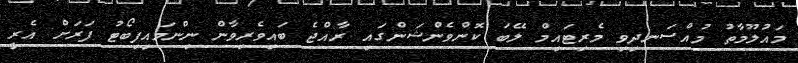
މައުލޫމާތު މުއްސަނދިވި މެރިޓައިމް ލޭބަ ކޮންވެންޝަންގައި ރާއްޖެ ބައިވެރިވާން ނިންމައިފިބޯޓު ފަރަށް އެރީ